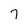
Character: 7